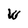
Character: W